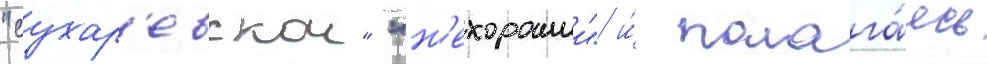
"сухар'евскои" "н'ехорошии" и́ полага́ясь